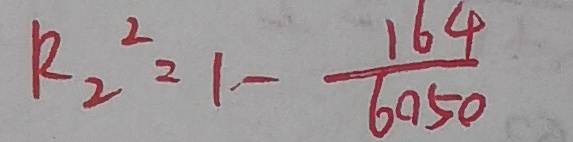
R _ { 2 } ^ { 2 } = 1 - \frac { 1 6 4 } { 6 0 5 0 }